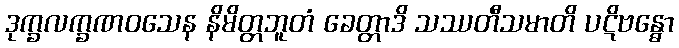
ဒုက္ခလက္ခဏဝသေန နိမိတ္တဘူတံ ခေတ္တာဒိ သဿတီသမာတိ ပဋိဗန္ဓော